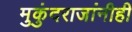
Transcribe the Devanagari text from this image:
मुकुंदराजांनीही